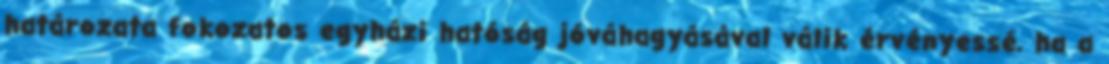
határozata fokozatos egyházi hatóság jóváhagyásával válik érvényessé, ha a